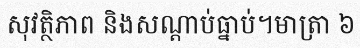
សុវត្ថិភាព និងសណ្តាប់ធ្នាប់។មាត្រា ៦